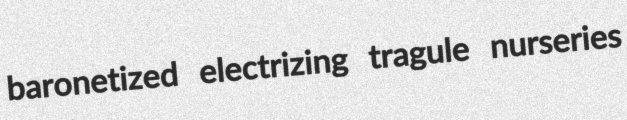
baronetized electrizing tragule nurseries